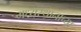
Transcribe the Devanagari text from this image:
मध्यस्थानाच्या